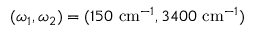
( \omega _ { 1 } , \omega _ { 2 } ) = ( 1 5 0 ~ \mathrm { c m } ^ { - 1 } , 3 4 0 0 ~ \mathrm { c m } ^ { - 1 } )